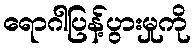
ရောဂါပြန့်ပွားမှုကို